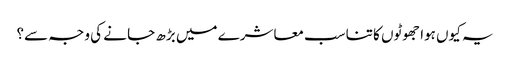
یہ کیوں ہوا جھوٹوں کا تناسب معاشرے میں بڑھ جا نے کی وجہ سے؟